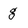
Character: g